Annual administration report of the Civil Veterinary Department of India - 1898-1899
Year: 1898
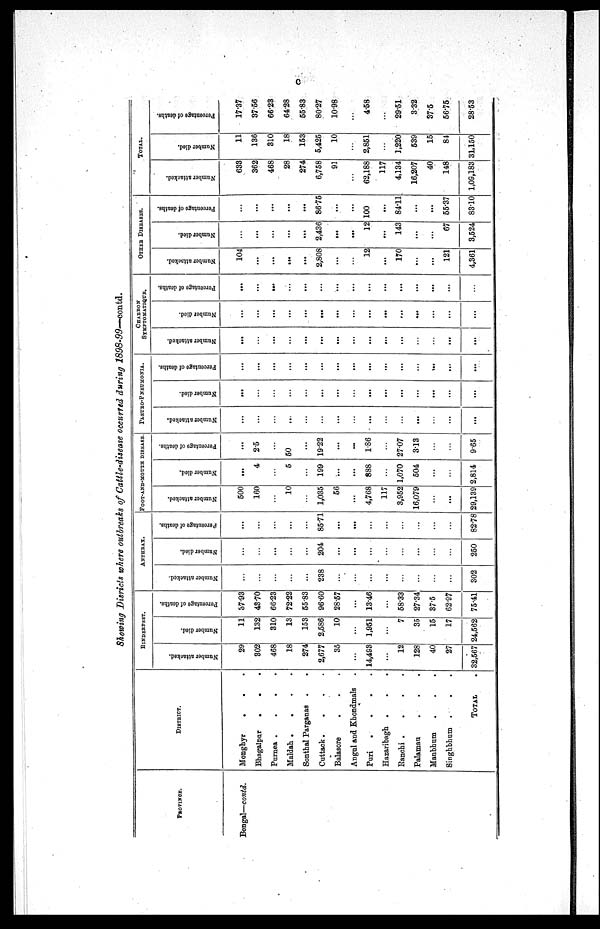
C
Showing Disricts where outbreaks of Cattle-disease occurred during
1898-99—contd.
PROVINCE.
Bengal—contd.
DISTRICT.
Monghyr
. . .
Bhagalpar
. . .
Purnea .
.
.
.
Maldah . .
.
.
Sonthal Parganas . .
Cuttack .
.
.
.
Balasore . . .
Angul and Khondmals .
Pari
.
.
.
.
Hazaribagh . . .
Ranchi .
.
.
.
Palamau . . .
Manbhum . . .
Singhbhum . . .
TOTAL
RINDERPEST.
Number attacked.
29
302
468
18
274
2,677
35
...
14,493
...
12
128
40
27
32,567
Number died.
11
132
310
13
153
2,586
10
...
1,951
...
7
35
15
17
24,562
Percentage of deaths.
37.93
48.70
66.23
72.22
55.83
96.60
28.57
...
13.46
...
58.33
27.34
37.5
62.97
75.41
ANTHRAX.
Number attacked.
...
...
...
...
...
238
...
...
...
...
...
...
...
...
302
Number died.
...
...
...
...
...
204
...
...
...
...
...
...
...
...
250
Percentage
of deaths.
...
...
...
...
...
85.71
...
...
...
...
...
...
...
...
82.78
FOOT-AND-MOUTH DISEASE.
Number attacked.
500
160
...
10
...
1,035
56
...
4,768
117
3,952
16,079
...
...
29,139
Number died.
...
4
...
5
...
199
...
...
888
...
1,070
504
...
...
2,814
Percentage of deaths.
...
25
...
50
...
19.22
...
...
1.86
...
27.07
313
...
...
9.65
PLEURO-PNEUMONIA.
Number attacked.
...
...
...
...
...
...
...
...
...
...
...
...
...
...
...
Number died.
...
...
...
...
...
...
...
...
...
...
...
...
...
...
...
Percentage
of deaths.
...
...
...
...
...
...
...
...
...
...
...
...
...
...
...
CHARBON
SYMPTOMATIQUE.
Number attacked.
...
...
...
...
...
...
...
...
...
...
...
...
...
...
...
Number died.
...
...
...
...
...
...
...
...
...
...
...
...
...
...
...
Percentage of deaths.
...
...
...
...
...
...
...
...
...
...
...
...
...
...
...
OTHER DISEASES.
Number attacked.
104
...
...
...
...
2,808
...
...
12
...
170
...
...
121
4,361
Number died.
...
...
...
...
...
2,436
...
...
12
...
143
...
...
67
3,524
Percentage
of deaths.
...
...
....
...
...
86.75
...
...
100
...
84.11
...
...
55.37
83.10
TOTAL.
Number attacked.
633
362
468
28
274
6,758
91
...
62,188
117
4,134
16,207
40
148
1,09,183
Number died.
11
136
310
18
153
5,425
10
...
2,851
...
1,220
539
15
84
31,150
Percentage of deaths.
17.37
37.56
66.23
64-28
55.83
80.27
10.98
...
4.58
...
29.51
3.32
37.5
56.75
28.53